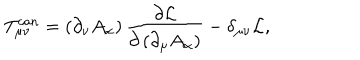
LaTeX: T _ { \mu \nu } ^ { c a n } = \left( \partial _ { \nu } A _ { \alpha } \right) \frac { \partial { \cal L } } { \partial \left( \partial _ { \mu } A _ { \alpha } \right) } - \delta _ { \mu \nu } { \cal L } ,